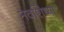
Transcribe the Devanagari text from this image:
नवशिष्या